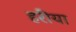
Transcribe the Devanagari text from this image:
हरीया